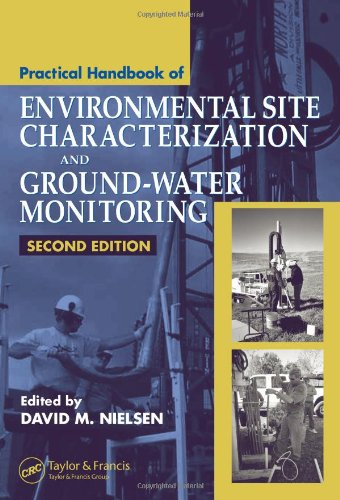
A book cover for Practical Handbook of Environmental Site Characterization and Ground-Water Monitoring, Second Edition; Science & Math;